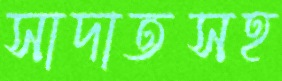
সাদাতসহ